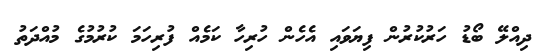
ދިއްލޭ ބޯޑު ހަރުކުރުން ފިޔަވައި އެހެން ހުރިހާ ކަމެއް ފުރިހަމަ ކުރުމުގެ މުއްދަތު